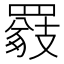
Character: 𦌖